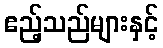
ဧည့်သည်များနှင့်